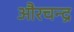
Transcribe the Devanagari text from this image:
औरचन्द्र